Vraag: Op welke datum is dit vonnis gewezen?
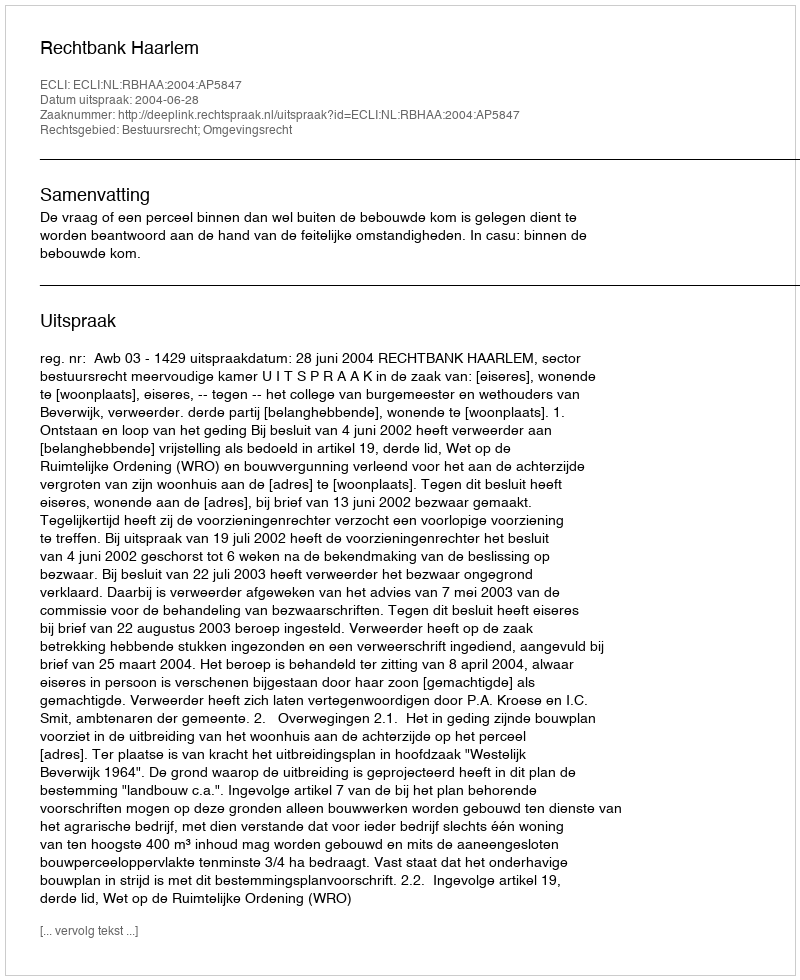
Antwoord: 2004-06-28